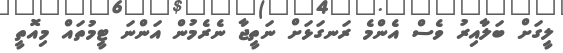
ލީގަށް ބަލާއިރު ވެސް އެންމެ ރަނގަޅަށް ނަތީޖާ ނެރެމުން އަންނަ ޓީމުތައް މިއޮތީ